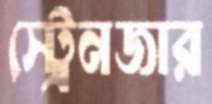
স্ট্রেনজার